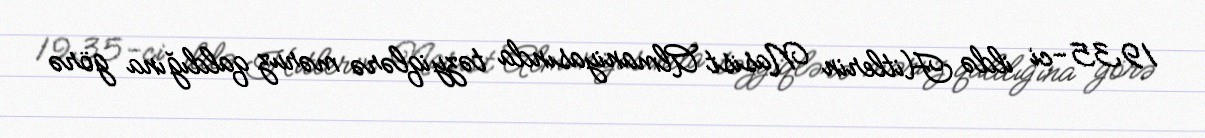
1935-ci ildə Hitlerin Nasist Almaniyasında təzyiqlərə məruz qaldığına görə